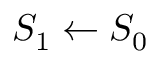
S _ { 1 } \leftarrow S _ { 0 }